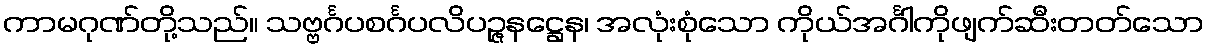
ကာမဂုဏ်တို့သည်။ သဗ္ဗင်္ဂပစင်္ဂပလိပဉ္ဇနဋ္ဌေန၊ အလုံးစုံသော ကိုယ်အင်္ဂါကိုဖျက်ဆီးတတ်သော